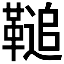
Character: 𩌝